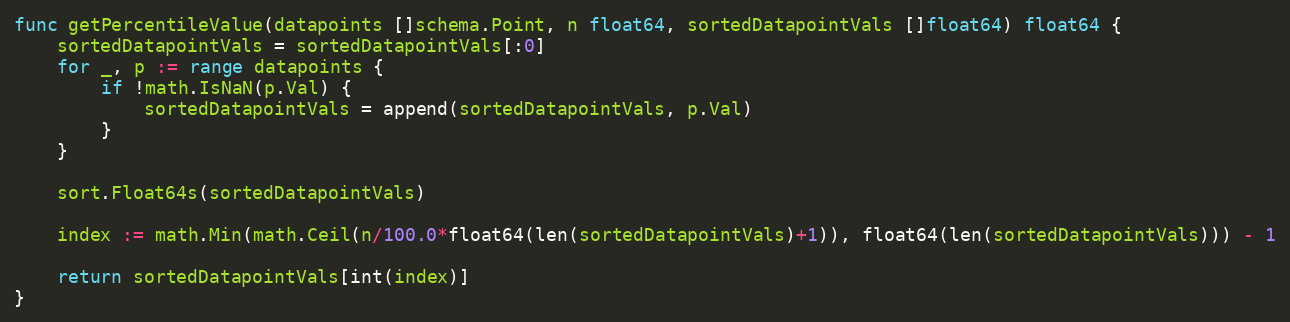
Language: Go
func getPercentileValue(datapoints []schema.Point, n float64, sortedDatapointVals []float64) float64 {
	sortedDatapointVals = sortedDatapointVals[:0]
	for _, p := range datapoints {
		if !math.IsNaN(p.Val) {
			sortedDatapointVals = append(sortedDatapointVals, p.Val)
		}
	}

	sort.Float64s(sortedDatapointVals)

	index := math.Min(math.Ceil(n/100.0*float64(len(sortedDatapointVals)+1)), float64(len(sortedDatapointVals))) - 1

	return sortedDatapointVals[int(index)]
}